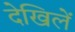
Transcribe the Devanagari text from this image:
देखिलें